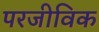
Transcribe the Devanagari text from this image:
परजीविक